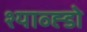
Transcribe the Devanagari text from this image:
श्याव्ह्डो